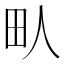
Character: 㽗